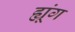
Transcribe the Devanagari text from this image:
ह्यूंग